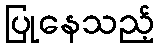
ပြုနေသည့်